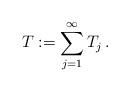
LaTeX: \begin{align*}T:=\sum_{j=1}^\infty T_j\, .\end{align*}